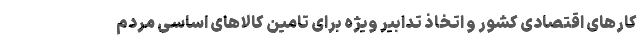
کارهای اقتصادی کشور و اتخاذ تدابیر ویژه برای تامین کالاهای اساسی مردم